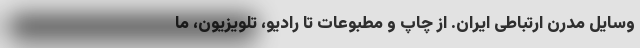
وسایل مدرن ارتباطی ایران. از چاپ و مطبوعات تا رادیو، تلویزیون، ما